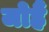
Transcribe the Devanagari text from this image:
जोहैं